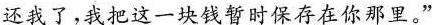
还我了，我把这一块钱暂时保存在你那里。”